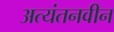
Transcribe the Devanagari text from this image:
अत्यंतनवीन